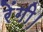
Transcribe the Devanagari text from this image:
रेंगी।